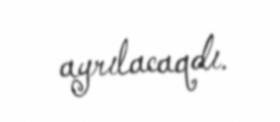
ayrılacaqdı.